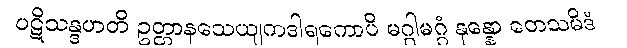
ပဋိသန္ဒဟတိ ဥတ္တာနသေယျကဒါရကောပိ မဂ္ဂါမဂ္ဂံ နုန္နော တေသမိဒံ